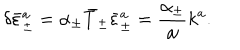
LaTeX: \delta \bar { \varepsilon } _ { \pm } ^ { a } = \alpha _ { \pm } \bar { T } _ { \pm } \bar { \varepsilon } _ { \pm } ^ { a } = \frac { \alpha _ { \pm } } { \omega } k ^ { a } .